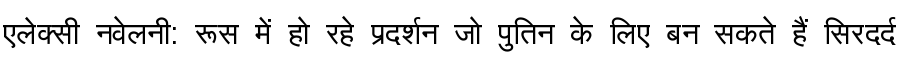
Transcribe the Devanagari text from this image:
एलेक्सी नवेलनी: रूस में हो रहे प्रदर्शन जो पुतिन के लिए बन सकते हैं सिरदर्द